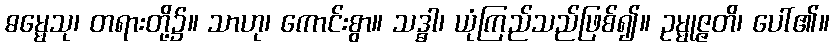
ဓမ္မေသု၊ တရားတို့၌။ သာဟု၊ ကောင်းစွာ။ သဒ္ဓါ၊ ယုံကြည်သည်ဖြစ်၍။ ဥမ္မုဇ္ဇတိ၊ ပေါ်၏။